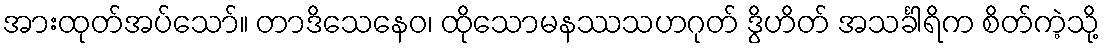
အားထုတ်အပ်သော်။ တာဒိသေနေဝ၊ ထိုသောမနဿသဟဂုတ် ဒွိဟိတ် အသင်္ခါရိက စိတ်ကဲ့သို့